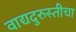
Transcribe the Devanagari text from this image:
वाद्यदुरुस्तीचा